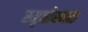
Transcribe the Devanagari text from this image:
स्मृतीस्थळ